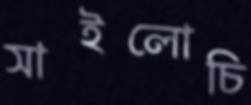
সাইলোচি